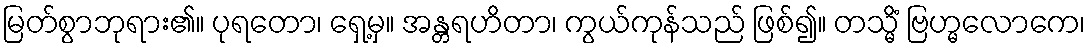
မြတ်စွာဘုရား၏။ ပုရတော၊ ရှေ့မှ။ အန္တရဟိတာ၊ ကွယ်ကုန်သည် ဖြစ်၍။ တသ္မိံ ဗြဟ္မလောကေ၊